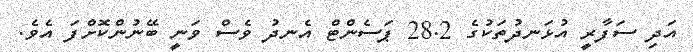
އަދި ސަފާރީ އުޅަނދުތަކުގެ 28.2 ޕަސެންޓް އެނދު ވެސް ވަނީ ބޭނުންކޮށްފަ އެވެ.